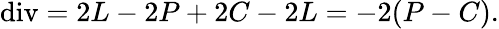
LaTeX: \mathrm{div}=2L-2P+2C-2L=-2(P-C).